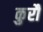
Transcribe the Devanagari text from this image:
कुरौ